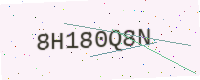
Text: 8H180Q8N